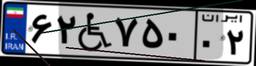
۹۵W۸۰۹۹۶